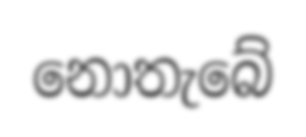
නොතැබේ